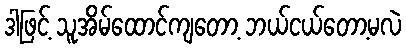
ဒါဖြင့် သူအိမ်ထောင်ကျတော့ ဘယ်ငယ်တော့မလဲ